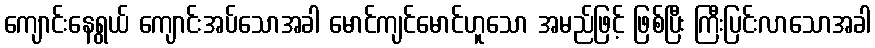
ကျောင်းနေရွယ် ကျောင်းအပ်သောအခါ မောင်ကျင်မောင်ဟူသော အမည်ဖြင့် ဖြစ်ပြီး ကြီးပြင်းလာသောအခါ